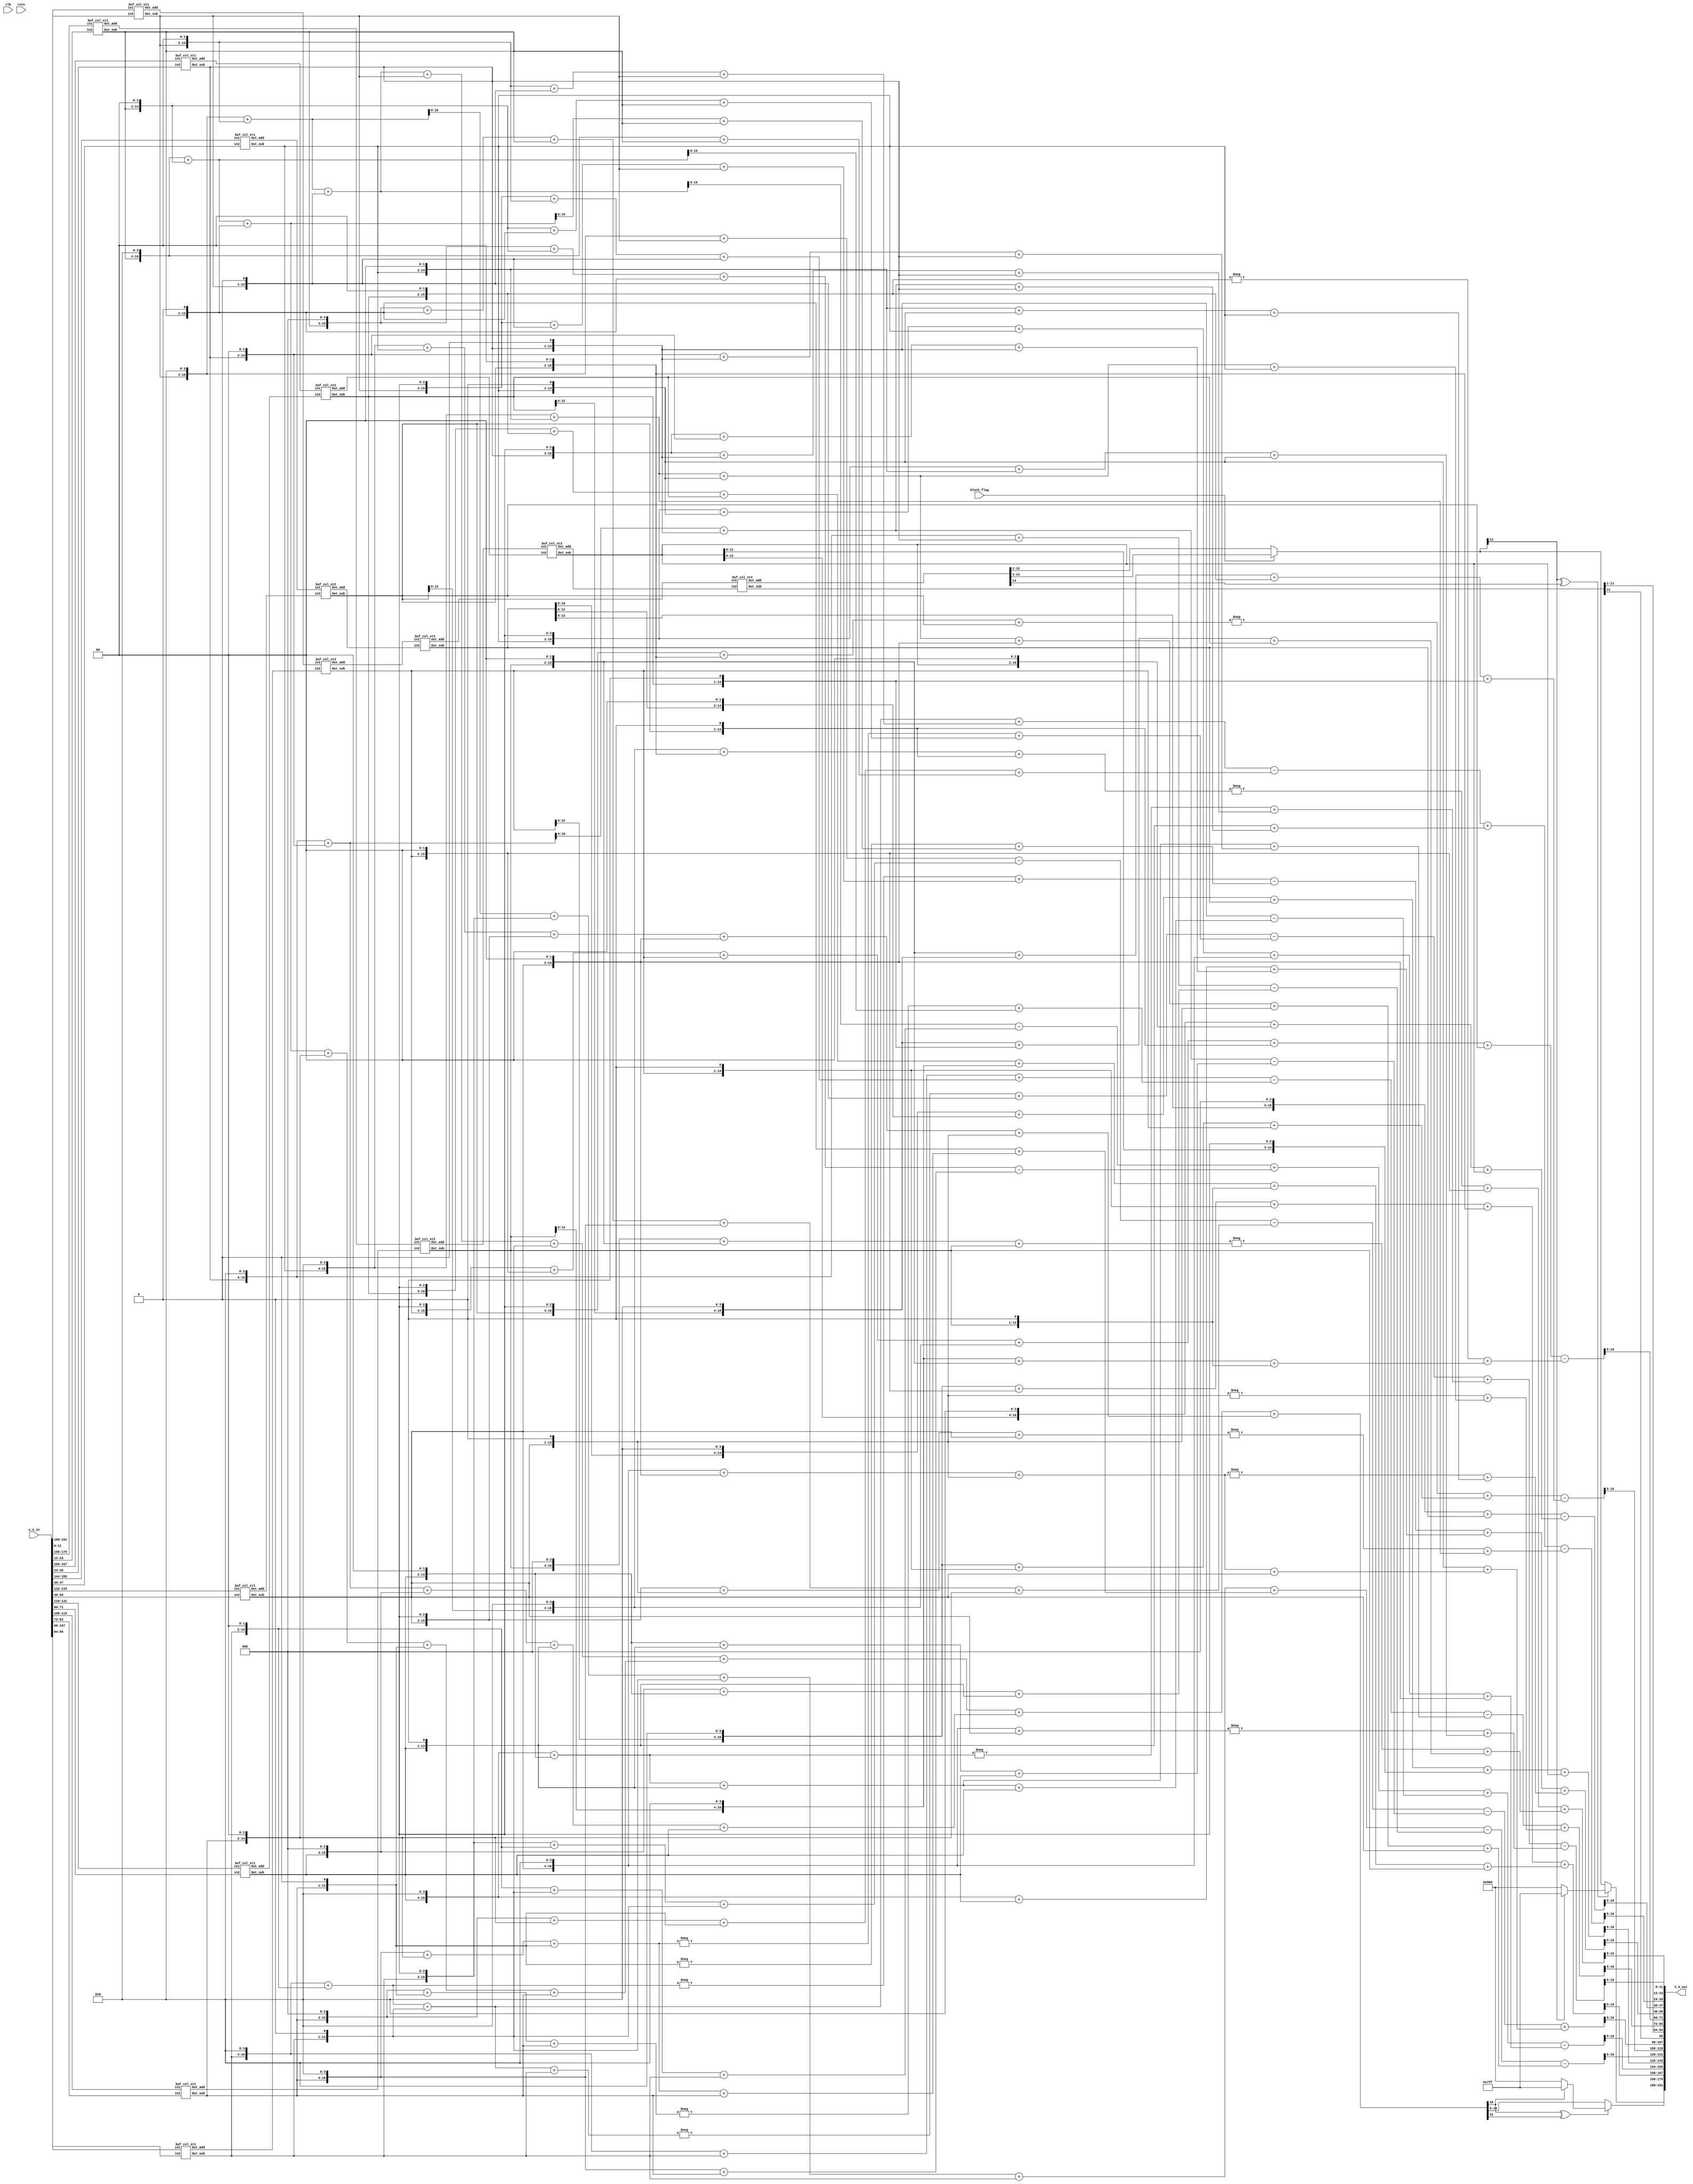
// 1 DCT 

module DCT_1D_col
    #(parameter C_bit = 7, parameter BW = 12, parameter IN = 12)

    (X_k_out, x_n_in, clk, rstn, block_flag);

    output [16*BW-1:0]X_k_out;
    input [16*IN-1:0]x_n_in;  
    input clk, rstn, block_flag;

    //(12.0)
    wire signed[IN-1:0] x_0  = $signed(x_n_in[15*IN +: IN]);
    wire signed[IN-1:0] x_1  = $signed(x_n_in[14*IN +: IN]);
    wire signed[IN-1:0] x_2  = $signed(x_n_in[13*IN +: IN]);
    wire signed[IN-1:0] x_3  = $signed(x_n_in[12*IN +: IN]);
    wire signed[IN-1:0] x_4  = $signed(x_n_in[11*IN +: IN]);
    wire signed[IN-1:0] x_5  = $signed(x_n_in[10*IN +: IN]);
    wire signed[IN-1:0] x_6  = $signed(x_n_in[ 9*IN +: IN]);
    wire signed[IN-1:0] x_7  = $signed(x_n_in[ 8*IN +: IN]);
    wire signed[IN-1:0] x_8  = $signed(x_n_in[ 7*IN +: IN]);
    wire signed[IN-1:0] x_9  = $signed(x_n_in[ 6*IN +: IN]);
    wire signed[IN-1:0] x_10 = $signed(x_n_in[ 5*IN +: IN]);
    wire signed[IN-1:0] x_11 = $signed(x_n_in[ 4*IN +: IN]);
    wire signed[IN-1:0] x_12 = $signed(x_n_in[ 3*IN +: IN]);
    wire signed[IN-1:0] x_13 = $signed(x_n_in[ 2*IN +: IN]);
    wire signed[IN-1:0] x_14 = $signed(x_n_in[ 1*IN +: IN]);
    wire signed[IN-1:0] x_15 = $signed(x_n_in[ 0*IN +: IN]);

    wire signed[13-1:0] X_0_15_a, X_0_15_s;
    wire signed[13-1:0] X_1_14_a, X_1_14_s;
    wire signed[13-1:0] X_2_13_a, X_2_13_s;
    wire signed[13-1:0] X_3_12_a, X_3_12_s;
    wire signed[13-1:0] X_4_11_a, X_4_11_s;
    wire signed[13-1:0] X_5_10_a, X_5_10_s;
    wire signed[13-1:0] X_6_9_a, X_6_9_s;
    wire signed[13-1:0] X_7_8_a, X_7_8_s;


    wire signed[23-1:0] X_4, X_12;
    wire signed[12-1:0] X_4_trunc, X_12_trunc;

    // Common stage (Even, Odd) (12.0)
    buf_col_st1 buf1( X_0_15_a, X_0_15_s, x_0, x_15);
    buf_col_st1 buf2( X_1_14_a, X_1_14_s, x_1, x_14);
    buf_col_st1 buf3( X_2_13_a, X_2_13_s, x_2, x_13);
    buf_col_st1 buf4( X_3_12_a, X_3_12_s, x_3, x_12);
    buf_col_st1 buf5( X_4_11_a, X_4_11_s, x_4, x_11);
    buf_col_st1 buf6( X_5_10_a, X_5_10_s, x_5, x_10);
    buf_col_st1 buf7( X_6_9_a,  X_6_9_s,  x_6, x_9);
    buf_col_st1 buf8( X_7_8_a,  X_7_8_s,  x_7, x_8);

    wire signed[14-1:0] X_0_7_8_15_a, X_1_6_9_14_a, X_2_5_10_13_a, X_3_4_11_12_a;
    wire signed[14-1:0] X_0_7_8_15_s, X_1_6_9_14_s, X_2_5_10_13_s, X_3_4_11_12_s;

    // Even stage (13.0)
    buf_col_st2 buf2_1 (X_0_7_8_15_a,  X_0_7_8_15_s,  X_0_15_a, X_7_8_a);
    buf_col_st2 buf2_2 (X_1_6_9_14_a,  X_1_6_9_14_s,  X_1_14_a, X_6_9_a);
    buf_col_st2 buf2_3 (X_2_5_10_13_a, X_2_5_10_13_s, X_2_13_a, X_5_10_a);
    buf_col_st2 buf2_4 (X_3_4_11_12_a, X_3_4_11_12_s, X_3_12_a, X_4_11_a);

    wire signed[15-1:0] X1, X2, X3, X4;
    // 11 bit outcome (14.0)
    buf_col_st3 buf3_1 (X2, X4, X_1_6_9_14_a, X_2_5_10_13_a);
    buf_col_st3 buf3_2 (X1, X3, X_0_7_8_15_a,  X_3_4_11_12_a);

    // Even Even Even
    ////////////////////****** X[0], X[8] ******////////////////////
    wire signed[16-1:0] Pre_X_0;
    wire signed[16-1:0] Pre_X_8;
    wire signed[17-1:0] X_0;
    wire signed[21-1:0] X_8;
    wire signed[12-1:0] X_0_trunc; 
    wire signed[12-1:0] X_8_trunc;
    wire signed[12-1:0] X_0_test;
    wire overflow0, overflow1;

    // 15bit outcome (15.0)
    buf_col_st4 buf4_1 (Pre_X_0, Pre_X_8, X1, X2);

    // 19bit outcome (19.4)   . $unsigned()
    ///assign overflow0 = ((Pre_X_0[15-1] & ~X1[14-1] & ~X2[14-1])) || ((~Pre_X_0[15-1] & X1[14-1] & X2[14-1]));
    //assign X_0 = overflow ? 15'b001111111111111 : $signed(Pre_X_0);
    
    assign X_0 = $signed(Pre_X_0);
    // 19bit outcome
    assign X_8 = $signed(Pre_X_8 << 4);

    // 12bit (12.0)
    assign X_0_test = block_flag ? X_0 >>> 3 : X_0 >>> 1;
    xor(overflow0, X_0_test[12-1], Pre_X_0[15-1]);
    // + 150 -50
    assign X_0_trunc = overflow0 ? (X_0_test[12-1] ? 12'b011111111111 : 12'b100000000000) : X_0_test;
    assign X_8_trunc = X_8[17-1:5];

    // Even Even Odd
    ////////////////////****** X[4], X[12] ******////////////////////
    // 19bit outcome (19.6)
    //buf_col_st4_mult buf4_2 (X_4, X_12, X3, X4, C_4, C_12);

    assign X_4 = $signed((X3 << 4)) + $signed((X3 << 2)) + $signed(X3) + $signed(X4 << 3) + $signed(X4);
    assign X_12 = (X3 <<< 3) + (X3) - ((X4 <<< 4) + (X4 <<< 2) + X4);
    
    // 12bit (12.1)  6,  5 
    assign X_4_trunc = X_4[17-1:5];
    assign X_12_trunc = X_12[17-1:5];

    // Even Odd
    ////////////////////****** X[2], X[6], X[10], X[14] ******////////////////////
    // 18.6
    wire signed [22-1:0] Pre_X_10_1, Pre_X_6_1, Pre_X_10_2, Pre_X_6_2;
    //buf_col_st3_mult buf3_3 (Pre_X_10_1, Pre_X_6_1, X_0_7_8_15_s, X_3_4_11_12_s, C_10, C_6);
    //buf_col_st3_mult buf3_4 (Pre_X_6_2, Pre_X_10_2, X_1_6_9_14_s, X_2_5_10_13_s, C_14, C_2);

    // C10 = 0001101, C6 = 0010011
    // C10 * X_0_7_8_15_s + C6 * X_3_4_11_12_s
    // -C10 * X_3_4_11_12 + C6 * X_0_7_8_15_s
    assign Pre_X_10_1 = (X_0_7_8_15_s <<< 3) + (X_0_7_8_15_s <<< 2) + (X_0_7_8_15_s) + (X_3_4_11_12_s <<< 4) + (X_3_4_11_12_s <<< 1) + (X_3_4_11_12_s);
    assign Pre_X_6_1 = -((X_3_4_11_12_s <<< 3) + (X_3_4_11_12_s <<< 2) + (X_3_4_11_12_s)) + ((X_0_7_8_15_s <<< 4) + (X_0_7_8_15_s <<< 1) + (X_0_7_8_15_s));

    // C14 = 0000100, C2 = 0010110
    // C14 * X_1_6_9_14_s + C2 * X_2_5_10_13_s
    // -C14 * X_2_5_10_13_s + C2 * X_1_6_9_14_s
    assign Pre_X_6_2 = (X_1_6_9_14_s <<< 2)  + (X_2_5_10_13_s <<< 4) + (X_2_5_10_13_s <<< 2) + (X_2_5_10_13_s <<< 1);
    assign Pre_X_10_2 = -((X_2_5_10_13_s <<< 2)) + ((X_1_6_9_14_s <<< 4) + (X_1_6_9_14_s <<< 2) + (X_1_6_9_14_s <<< 1));
    
    // 22.6
    wire signed [23-1:0] X_10, X_6;
    // 22bit outcome
    assign X_10 = Pre_X_10_1 - Pre_X_10_2;
    assign X_6 = Pre_X_6_1 - Pre_X_6_2;

    // 12bit truncation
    wire signed [12-1:0] X_10_trunc, X_6_trunc;
    assign X_10_trunc = X_10[17-1:5];
    assign X_6_trunc = X_6[17-1:5];

    // X[2], X[6]
    wire signed [22-1:0] Pre_X_2_1, Pre_X_14_1, Pre_X_2_2, Pre_X_14_2;
    //buf_col_st3_mult buf3_5 (Pre_X_2_1, Pre_X_14_1, X_0_7_8_15_s, X_3_4_11_12_s, C_2, C_14);
    //buf_col_st3_mult buf3_6 (Pre_X_2_2, Pre_X_14_2, X_2_5_10_13_s, X_1_6_9_14_s, C_10, C_6);

    // C2 = 0010110, C14 = 0000100
    // C2 * X_0_7_8_15_s + C14 * X_3_4_11_12_s
    // -C2 * X_3_4_11_12_s + C14 * X_0_7_8_15_s
    assign Pre_X_2_1 = (X_0_7_8_15_s <<< 4) + (X_0_7_8_15_s <<< 2) + (X_0_7_8_15_s <<< 1) + (X_3_4_11_12_s <<< 2);
    assign Pre_X_14_1 = -((X_3_4_11_12_s <<< 4) + (X_3_4_11_12_s <<< 2) + (X_3_4_11_12_s <<< 1)) + ((X_0_7_8_15_s <<< 2));

    // C10 = 0001101, C6 = 0010011
    // C10 * X_2_5_10_13_s + C6 * X_1_6_9_14_s
    // -C10 * X_1_6_9_14_s + C6 * X_2_5_10_13_s
    assign Pre_X_2_2 = (X_2_5_10_13_s <<< 3) + (X_2_5_10_13_s <<< 2) + (X_2_5_10_13_s) + (X_1_6_9_14_s <<< 4) + (X_1_6_9_14_s <<< 1) + (X_1_6_9_14_s);
    assign Pre_X_14_2 = -((X_1_6_9_14_s <<< 3) + (X_1_6_9_14_s <<< 2) + (X_1_6_9_14_s)) + ((X_2_5_10_13_s <<< 4) + (X_2_5_10_13_s <<< 1) + (X_2_5_10_13_s));

    wire signed [23-1:0] X_2, X_14;
    // 19bit outcome
    assign X_2 = Pre_X_2_1 + Pre_X_2_2;
    assign X_14 = Pre_X_14_1 + Pre_X_14_2;

    // 12bit truncation
    wire signed [12-1:0] X_2_trunc, X_14_trunc;
    assign X_2_trunc = X_2[17-1:5];
    assign X_14_trunc = X_14[17-1:5];

    // Odd part
    ////////////////////****** X[1], X[15] ******////////////////////

    wire signed [23-1:0] Pre_X_1, Pre_X_15;
    wire signed [21-1:0] X1_1, X15_1, X1_2, X15_2, X1_3, X15_3, X1_4, X15_4;
    wire signed [12-1:0] X_1_test;
    wire overflow_chk1;
    
    //buf_col_st2_mult buf_1_15_1 (X1_1, X15_1, X_0_15_s, X_7_8_s, C_1, C_15);
    //buf_col_st2_mult buf_1_15_2 (X1_2, X15_2, X_1_14_s, X_6_9_s, C_3, C_13);
    //buf_col_st2_mult buf_1_15_3 (X1_3, X15_3, X_2_13_s, X_5_10_s, C_5, C_11);
    //buf_col_st2_mult buf_1_15_4 (X1_4, X15_4, X_3_12_s, X_4_11_s, C_7, C_9);

    // C1 = 0010111, C15 = 0000010
    // C1 * X_0_15_s + C15 * X_7_8_s
    // -C1 * X_7_8_s + C15 * X_0_15_s
    assign X1_1 = (X_0_15_s <<< 4) + (X_0_15_s <<< 2) + (X_0_15_s <<< 1) + X_0_15_s + (X_7_8_s <<< 1);
    assign X15_1 = -((X_7_8_s <<< 4) + (X_7_8_s <<< 2) + (X_7_8_s <<< 1) + X_7_8_s) + ((X_0_15_s <<< 1));

    // C3 = 0010110, C13 = 0000111
    // C3 * X_1_14_s + C13 * X_6_9_s
    // -C3 * X_6_9_s + C13 * X_1_14_s
    assign X1_2 = ((X_1_14_s <<< 4)+(X_1_14_s <<< 2)+(X_1_14_s <<< 1))  + (X_6_9_s <<< 2) + (X_6_9_s <<< 1) + (X_6_9_s);
    assign X15_2 = -((X_6_9_s <<< 4) + (X_6_9_s <<< 2) + (X_6_9_s <<< 1)) + ((X_1_14_s <<< 2)+(X_1_14_s <<< 1)+(X_1_14_s));

    // C5 = 0010100, C11 = 0001011
    // C5 * X_2_13_s + C11 * X_5_10_s
    // -C5 * X_5_10_s + C11 * X_2_13_s
    assign X1_3 = (X_2_13_s <<< 4) + (X_2_13_s <<< 2) + (X_5_10_s <<< 3) + (X_5_10_s <<< 1) + (X_5_10_s);
    assign X15_3 = -((X_5_10_s <<< 4) + (X_5_10_s <<< 2)) + ((X_2_13_s <<< 3) + (X_2_13_s <<< 1) + (X_2_13_s));

    // C7 = 0010001, C9 = 0001110
    // C7 * X_3_12_s + C9 * X_4_11_s
    // -C7 * X_4_11_s + C9 * X_3_12_s
    assign X1_4 = (X_3_12_s <<< 4) + (X_3_12_s) + (X_4_11_s <<< 3) + (X_4_11_s <<< 2) + (X_4_11_s <<< 1);
    assign X15_4 = -((X_4_11_s <<< 4) + (X_4_11_s)) + ((X_3_12_s <<< 3) + (X_3_12_s <<< 2) + (X_3_12_s <<< 1));

    assign Pre_X_1 = X1_1 + X1_2 + X1_3 + X1_4;
    assign X_1_test = Pre_X_1[17-1:5];
    assign Pre_X_15 = X15_1 - X15_2 + X15_3 - X15_4;

    xor(overflow_chk1, X_1_test[12-1], Pre_X_1[22-1]);

    // 11bit truncation
    wire signed [12-1:0] X_1_trunc, X_15_trunc;
    assign X_1_trunc = overflow_chk1? (X_1_test[12-1] ? 12'b011111111111 : 12'b100000000000) : X_1_test;
    assign X_15_trunc = Pre_X_15[17-1:5];


    ////////////////////****** X[3], X[13] ******////////////////////

    wire signed [24-1:0] Pre_X_3, Pre_X_13;
    wire signed [21-1:0] X3_1, X13_1, X3_2, X13_2, X3_3, X13_3, X3_4, X13_4;

    //buf_col_st2_mult buf_3_13_1 (X3_1, X13_1, X_0_15_s, -X_7_8_s, C_3, C_13);
    //buf_col_st2_mult buf_3_13_2 (X3_2, X13_2, X_1_14_s, -X_6_9_s, C_9, C_7);
    //buf_col_st2_mult buf_3_13_3 (X3_3, X13_3, X_2_13_s, -X_5_10_s, C_15, C_1);
    //buf_col_st2_mult buf_3_13_4 (X3_4, X13_4, X_3_12_s, X_4_11_s, C_11, C_5);

    // C3 = 0010110, C13 = 0000111
    // C3 * X_0_15_s  C13 * X_7_8_s
    // -C3 * X_7_8_s + C13 * X_0_15_s
    //assign X_7_8_s = -X_7_8_s;
    assign X3_1 = (X_0_15_s <<< 4) + (X_0_15_s <<< 2) + (X_0_15_s <<< 1) -((X_7_8_s <<< 2) + (X_7_8_s <<< 1) + (X_7_8_s));
    assign X13_1 = ((X_7_8_s <<< 4) + (X_7_8_s <<< 2) + (X_7_8_s <<< 1)) + ((X_0_15_s <<< 2) + (X_0_15_s <<< 1) + (X_0_15_s));

    // C9 = 0001110, C7 = 0010001
    // C9 * X_1_14_s + C7 * X_6_9_s
    // -C9 * X_6_9_s + C7 * X_1_14_s
    //assign X_6_9_s = -X_6_9_s;
    assign X3_2 = (X_1_14_s <<< 3) + (X_1_14_s <<< 2) + (X_1_14_s <<< 1) - ((X_6_9_s <<< 4) + (X_6_9_s));
    assign X13_2 = ((X_6_9_s <<< 3) + (X_6_9_s <<< 2) + (X_6_9_s <<< 1)) + ((X_1_14_s <<< 4) + (X_1_14_s));

    // C15 = 0000010, C1 = 0010111
    // C15 * X_2_13_s + C1 * X_5_10_s
    // -C15 * X_5_10_s + C1 * X_2_13_s
    //assign X_5_10_s = -X_5_10_s;
    assign X3_3 = (X_2_13_s <<< 1) - ((X_5_10_s <<< 4) + (X_5_10_s <<< 2) + (X_5_10_s <<< 1) + X_5_10_s);
    assign X13_3 = ((X_5_10_s <<< 1)) + ((X_2_13_s <<< 4) + (X_2_13_s <<< 2) + (X_2_13_s <<< 1) + (X_2_13_s));

    // C11 = 0001011, C5 = 0010100
    // C11 * X_3_12_s + C5 * X_4_11_s
    // -C11 * X_4_11_s + C5 * X_3_12_s
    assign X3_4 = ((X_3_12_s <<< 3) + (X_3_12_s <<< 1) + (X_3_12_s)) + (X_4_11_s <<< 4) + (X_4_11_s <<< 2);
    assign X13_4 = -((X_4_11_s <<< 3) + (X_4_11_s <<< 1) + (X_4_11_s)) + ((X_3_12_s <<< 4) + (X_3_12_s <<< 2));

    assign Pre_X_3 = X3_1 + X3_2 + X3_3 - X3_4;
    assign Pre_X_13 = X13_1 - X13_2 + X13_3 - X13_4;

    // 11bit truncation
    wire signed [12-1:0] X_3_trunc, X_13_trunc;
    assign X_3_trunc = Pre_X_3[17-1:5];
    assign X_13_trunc = Pre_X_13[17-1:5];

    ////////////////////****** X[5], X[11] ******////////////////////

    wire signed [24-1:0] Pre_X_5, Pre_X_11;
    wire signed [21-1:0] X5_1, X11_1, X5_2, X11_2, X5_3, X11_3, X5_4, X11_4;
    
    //buf_col_st2_mult buf_5_11_1 (X5_1, X11_1, X_0_15_s, X_7_8_s, C_5, C_11);
    //buf_col_st2_mult buf_5_11_2 (X5_2, X11_2, X_1_14_s, X_6_9_s, C_15, C_1);
    //buf_col_st2_mult buf_5_11_3 (X5_3, X11_3, X_2_13_s, -X_5_10_s, C_7, C_9);
    //buf_col_st2_mult buf_5_11_4 (X5_4, X11_4, X_3_12_s, X_4_11_s, C_3, C_13);

    // C5 = 0010100, C11 = 0001011
    // C5 * X_0_15_s + C11 * X_7_8_s
    // -C5 * X_7_8_s + C11 * X_0_15_s
    assign X5_1 = (X_0_15_s <<< 4) + (X_0_15_s <<< 2) + (X_7_8_s <<< 3) + (X_7_8_s <<< 1) + (X_7_8_s);
    assign X11_1 = -((X_7_8_s <<< 4) + (X_7_8_s <<< 2)) + ((X_0_15_s <<< 3) + (X_0_15_s <<< 1) + (X_0_15_s));

    // C15 = 0000010, C1 = 0010111
    // C15 * X_1_14_s + C1 * X_6_9_s
    // -C15 * X_6_9_s + C1 * X_1_14_s
    assign X5_2 = (X_1_14_s <<< 1) + ((X_6_9_s <<< 4) + (X_6_9_s <<< 2) + (X_6_9_s <<< 1) + X_6_9_s);
    assign X11_2 = -((X_6_9_s <<< 1)) + ((X_1_14_s <<< 4) + (X_1_14_s <<< 2) + (X_1_14_s <<< 1) + (X_1_14_s));

    // C7 = 0010001, C9 = 0001110
    // C7 * X_2_13_s + C9 * X_5_10_s
    // -C7 * X_5_10_s + C9 * X_2_13_s
    assign X5_3 = (X_2_13_s <<< 4) + (X_2_13_s) - ((X_5_10_s <<< 3) + (X_5_10_s <<< 2) + (X_5_10_s <<< 1));
    assign X11_3 = ((X_5_10_s <<< 4) + (X_5_10_s)) + ((X_2_13_s <<< 3) + (X_2_13_s <<< 2) + (X_2_13_s <<< 1));

    // C3 = 0010110, C13 = 0000111
    // C3 * X_3_12_s + C13 * X_4_11_s
    // -C3 * X_4_11_s + C13 * X_3_12_s
    assign X5_4 = (X_3_12_s <<< 4) + (X_3_12_s <<< 2) + (X_3_12_s <<< 1) + (X_4_11_s <<< 2) + (X_4_11_s <<< 1) + X_4_11_s;
    assign X11_4 = -((X_4_11_s <<< 4) + (X_4_11_s <<< 2) + (X_4_11_s <<< 1)) + ((X_3_12_s <<< 2) + (X_3_12_s <<< 1) + X_3_12_s);

    assign Pre_X_5 = X5_1 + X5_2 - X5_3 - X5_4;
    assign Pre_X_11 = X11_1 - X11_2 + X11_3 + X11_4;

    // 11bit truncation
    wire signed [12-1:0] X_5_trunc, X_11_trunc;
    assign X_5_trunc = Pre_X_5[17-1:5];
    assign X_11_trunc = Pre_X_11[17-1:5];

    ////////////////////****** X[7], X[9] ******////////////////////

    wire signed [24-1:0] Pre_X_7, Pre_X_9;
    wire signed [21-1:0] X7_1, X9_1, X7_2, X9_2, X7_3, X9_3, X7_4, X9_4;

    //buf_col_st2_mult buf_7_9_1 (X7_1, X9_1, X_0_15_s, -X_7_8_s, C_7, C_9);
    //buf_col_st2_mult buf_7_9_2 (X7_2, X9_2, X_1_14_s, X_6_9_s, C_11, C_5);
    //buf_col_st2_mult buf_7_9_3 (X7_3, X9_3, X_2_13_s, -X_5_10_s, C_3, C_13);
    //buf_col_st2_mult buf_7_9_4 (X7_4, X9_4, X_3_12_s, X_4_11_s, C_15, C_1);

    // C7 = 0010001, C9 = 0001110
    // C7 * X_0_15_s + C9 * X_7_8_s
    // -C7 * X_7_8_s + C9 * X_0_15_s
    //assign X_7_8_s = -X_7_8_s;
    assign X7_1 = (X_0_15_s <<< 4) + (X_0_15_s) - ((X_7_8_s <<< 3) + (X_7_8_s <<< 2) + (X_7_8_s <<< 1));
    assign X9_1 = ((X_7_8_s <<< 4) + (X_7_8_s)) + ((X_0_15_s <<< 3) + (X_0_15_s <<< 2) + (X_0_15_s <<< 1));

    // C11 = 0001011, C5 = 0010100
    // C11 * X_1_14_s + C5 * X_6_9_s
    // -C11 * X_6_9_s + C5 * X_1_14_s
    assign X7_2 = (X_1_14_s <<< 3) + (X_1_14_s <<< 1) + (X_1_14_s) + (X_6_9_s <<< 4) + (X_6_9_s <<< 2);
    assign X9_2 = -((X_6_9_s <<< 3) + (X_6_9_s <<< 1) + (X_6_9_s)) + ((X_1_14_s <<< 4) + (X_1_14_s <<< 2));

    // C3 = 0010110, C13 = 0000111
    // C3 * X_2_13_s + C13 * X_5_10_s
    // -C3 * X_5_10_s + C13 * X_2_13_s
    //assign X_5_10_s = -X_5_10_s;
    assign X7_3 = (X_2_13_s <<< 4) + (X_2_13_s <<< 2) + (X_2_13_s <<< 1) - ((X_5_10_s <<< 2) + (X_5_10_s <<< 1) + X_5_10_s);
    assign X9_3 = ((X_5_10_s <<< 4) + (X_5_10_s <<< 2) + (X_5_10_s <<< 1)) + ((X_2_13_s <<< 2) + (X_2_13_s <<< 1) + X_2_13_s);

    // C15 = 0000010, C1 = 0010111
    // C15 * X_3_12_s + C1 * X_4_11_s
    // -C15 * X_4_11_s + C1 * X_3_12_s
    assign X7_4 = (X_3_12_s <<< 1) + ((X_4_11_s <<< 4) + (X_4_11_s <<< 2) + (X_4_11_s <<< 1) + X_4_11_s);
    assign X9_4 = -((X_4_11_s <<< 1)) + ((X_3_12_s <<< 4) + (X_3_12_s <<< 2) + (X_3_12_s <<< 1) + (X_3_12_s));

    assign Pre_X_7 = X7_1 - X7_2 - X7_3 + X7_4;
    assign Pre_X_9 = X9_1 - X9_2 - X9_3 + X9_4;

    // 11bit truncation
    wire signed [12-1:0] X_7_trunc, X_9_trunc;
    assign X_7_trunc = Pre_X_7[17-1:5];
    assign X_9_trunc = Pre_X_9[17-1:5];

    assign X_k_out = {X_0_trunc, X_1_trunc, X_2_trunc, X_3_trunc, X_4_trunc, X_5_trunc, X_6_trunc, X_7_trunc, X_8_trunc, X_9_trunc, X_10_trunc, X_11_trunc, X_12_trunc, X_13_trunc, X_14_trunc, X_15_trunc};


endmodule

module buf_col_st1(Out_add, Out_sub, in1, in2);
    output signed[13-1:0] Out_add;
    output signed[13-1:0] Out_sub;
    input [12-1:0] in1;
    input [12-1:0] in2;

    assign Out_add = $signed(in1) + $signed(in2);
    assign Out_sub = $signed(in1) - $signed(in2);

endmodule

//   output unsigned .
module buf_col_st2(Out_add, Out_sub, in1, in2);
    output signed[14-1:0] Out_add;
    output signed[14-1:0] Out_sub;
    input signed[13-1:0] in1;
    input signed[13-1:0] in2;

    assign Out_add = $signed(in1) + $signed(in2);
    assign Out_sub = $signed(in1) - $signed(in2);

endmodule

// module buf_col_st2_mult(Out_add, Out_sub, in1, in2, c1, c2);
//     output signed[20-1:0] Out_add;
//     output signed[20-1:0] Out_sub;
//     input signed[7-1:0] c1, c2;
//     input signed[12-1:0] in1;
//     input signed[12-1:0] in2;

//     assign Out_add = in1 * c1 + in2 * c2;
//     assign Out_sub = in1 * c2 - in2 * c1;

// endmodule

module buf_col_st3(Out_add, Out_sub, in1, in2);
    output signed[15-1:0] Out_add;
    output signed[15-1:0] Out_sub;
    input signed[14-1:0] in1;
    input signed[14-1:0] in2;

    assign Out_add = $signed(in1) + $signed(in2);
    assign Out_sub = $signed(in1) - $signed(in2);

endmodule
// // Even Odd X[2], X[6], X[10], X[14]  butterfly 
// module buf_col_st3_mult (Out_add, Out_sub, in1, in2, c1, c2);
//     output signed[21-1:0] Out_add;
//     output signed[21-1:0] Out_sub;
//     input signed[7-1:0] c1, c2;
//     input signed[13-1:0] in1;
//     input signed[13-1:0] in2;

//     assign Out_add = in1 * c1 + in2 * c2;
//     assign Out_sub = in1 * c2 - in2 * c1;

// endmodule

module buf_col_st4(Out_add, Out_sub, in1, in2);
    output signed[16-1:0] Out_add;
    output signed[16-1:0] Out_sub;
    input signed[15-1:0] in1, in2;

    assign Out_add = $signed(in1) + $signed(in2);
    assign Out_sub = $signed(in1) - $signed(in2);

endmodule

// // even X[4], X[12]  butterfly 
// module buf_col_st4_mult(Out_add, Out_sub, in1, in2, c1, c2);
//     output signed[22-1:0] Out_add;
//     output signed[22-1:0] Out_sub;
//     input signed[7-1:0] c1, c2;
//     input signed[14-1:0] in1, in2;

//     assign Out_add = in1 * c1 + in2 * c2;
//     assign Out_sub = in1 * c2 - in2 * c1;

// endmodule